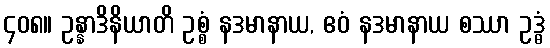
၄၀၈။ ဥန္နာဒိနိယာတိ ဥစ္စံ နဒမာနာယ, ဧဝံ နဒမာနာယ စဿာ ဥဒ္ဓံ